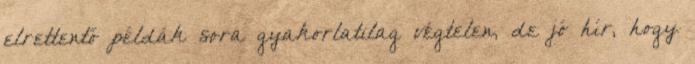
elrettentő példák sora gyakorlatilag végtelen, de jó hír, hogy